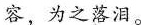
客，为之落泪。